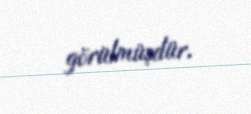
görülmüşdür.